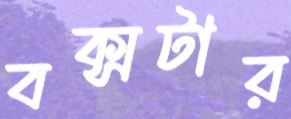
বক্সটার